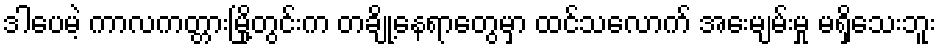
ဒါပေမဲ့ ကာလကတ္တားမြို့တွင်းက တချို့နေရာတွေမှာ ထင်သလောက် အေးမျမ်းမှု မရှိသေးဘူး